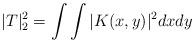
LaTeX: \begin{align*}&|T|_2^2=\int\int |K(x,y)|^2dxdy\end{align*}